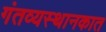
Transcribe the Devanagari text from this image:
गंतव्यस्थानकात